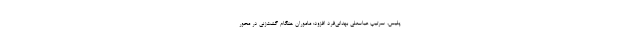
پلیس، سرتیپ عباسعلی بهدانی‌فرد افزود: ماموران هنگام گشت‌زنی در محور